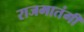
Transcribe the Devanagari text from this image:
राजमातंगी